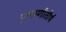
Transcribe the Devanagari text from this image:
पुष्कणीतीर्थ